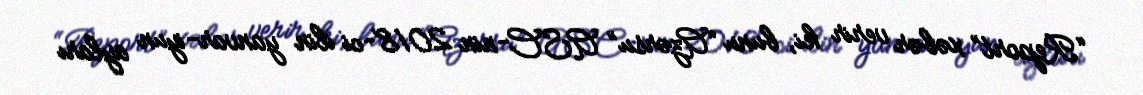
“Report” xəbər verir ki, bunu “Azərsu” ASC-nin 2018-ci ilin yanvar-iyun ayları